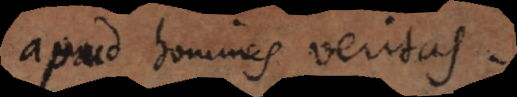
apud homines veritas.